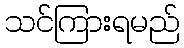
သင်ကြားရမည်